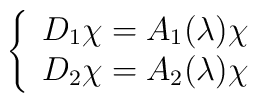
\left\{\begin{array}{l}D_1 \chi=A_1( \lambda) \chi\\D_2 \chi=A_2( \lambda) \chi\end{array}\right.